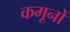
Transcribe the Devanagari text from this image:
कमूनों